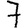
Digit: 7